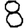
Digit: 8